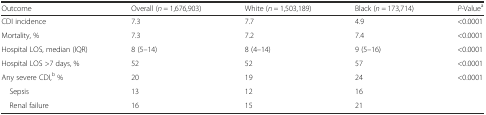
| Outcome | Overall (n = 1,676,903) | White (n = 1,503,189) | Black (n = 173,714) | P-Valuea |
 | --- | --- | --- | --- | --- |
 | CDI incidence | 7.3 | 7.7 | 4.9 | <0.0001 |
 | Mortality, % | 7.3 | 7.2 | 7.4 | <0.0001 |
 | Hospital LOS, median (IQR) | 8 (5–14) | 8 (4–14) | 9 (5–16) | <0.0001 |
 | Hospital LOS >7 days, % | 52 | 52 | 57 | <0.0001 |
 | Any severe CDI,b % | 20 | 19 | 24 | <ROWSPAN=3> <0.0001 |
 | Sepsis | 13 | 12 | 16 |
 | Renal failure | 16 | 15 | 21 |